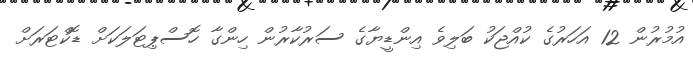
އުމުރުން 12 އަހަރުގެ ކުއްޖަކު ބަލިވެ އިންޑީޔާގެ ސަރުކާރުން ހިންގާ ހޮސްޕިޓަލަކަށް ޑޮކްޓަރަށް